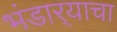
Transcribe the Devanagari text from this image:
भंडार्‍याचा